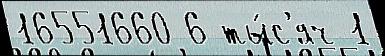
16551660 6 ты́с'яч 1